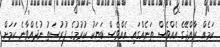
ކަމެއް ރާއްޖޭގެ އެއްވެސް ތަނެއްގައި އެއްވެސް ބަޔަކު ކުރުމުގެ ފުރުސަތު ނުދެއްވާނެ ކަމަށް